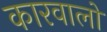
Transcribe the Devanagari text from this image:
कारवालो